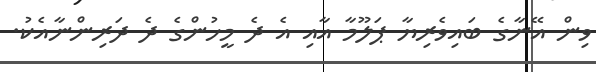
ވިން އޭނާގެ ބައިވެރިޔާ ޕަލޫމާ އާއި އެ ދެ މީހުންގެ ދެ ދަރިންނާއެކު.